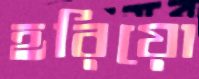
হরিয়ো